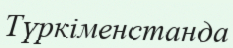
Түркіменстанда